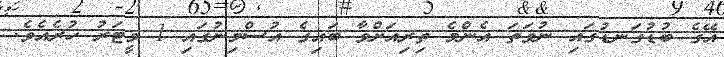
އޭގެ ބުޑުގަނޑުގައި ނުވަތަ އެންމެ ތިރިއަށްވާ ބައިގެ އުސްމިނުގައި 1 މީޓަރު ހުރެއެވެ.